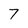
Character: 7